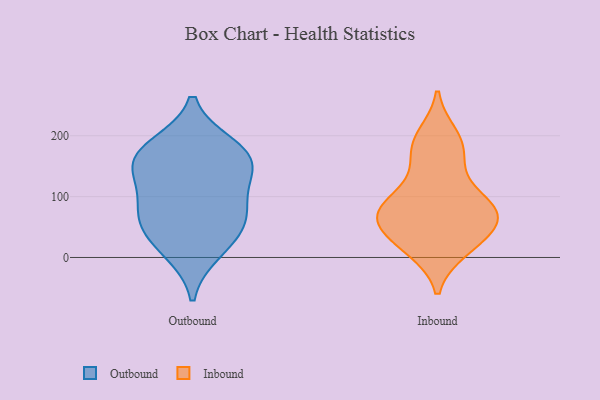
{"axis": {"x": "Backlog", "y": "Value"}, "legend": ["Inbound", "Outbound"], "data": [{"x": "", "y": 171, "type": "Outbound"}, {"x": "", "y": 182, "type": "Outbound"}, {"x": "", "y": 33, "type": "Outbound"}, {"x": "", "y": 83, "type": "Outbound"}, {"x": "", "y": 135, "type": "Outbound"}, {"x": "", "y": 164, "type": "Outbound"}, {"x": "", "y": 74, "type": "Outbound"}, {"x": "", "y": 63, "type": "Outbound"}, {"x": "", "y": 11, "type": "Outbound"}, {"x": "", "y": 145, "type": "Outbound"}, {"x": "", "y": 64, "type": "Inbound"}, {"x": "", "y": 77, "type": "Inbound"}, {"x": "", "y": 77, "type": "Inbound"}, {"x": "", "y": 15, "type": "Inbound"}, {"x": "", "y": 85, "type": "Inbound"}, {"x": "", "y": 69, "type": "Inbound"}, {"x": "", "y": 164, "type": "Inbound"}, {"x": "", "y": 200, "type": "Inbound"}, {"x": "", "y": 175, "type": "Inbound"}, {"x": "", "y": 13, "type": "Inbound"}, {"x": "", "y": 96, "type": "Inbound"}, {"x": "", "y": 57, "type": "Inbound"}, {"x": "", "y": 70, "type": "Inbound"}, {"x": "", "y": 193, "type": "Inbound"}, {"x": "", "y": 125, "type": "Inbound"}, {"x": "", "y": 38, "type": "Inbound"}, {"x": "", "y": 24, "type": "Inbound"}]}